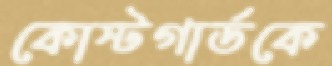
কোস্টগার্ডকে